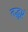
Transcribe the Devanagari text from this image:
तद्भृष्टं